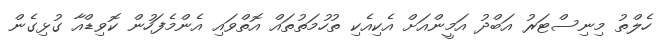
ހެލްތު މިނިސްޓަރު އަބްދު އަމީންއަށް އެކިއެކި ތުހުމަތުތައް އޮތްވައި އެންމެފަހުން ކޮވިޑްއާ ގުޅިގެން